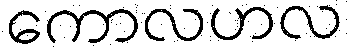
ကောလဟလ